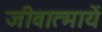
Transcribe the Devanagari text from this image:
जीवात्मायें